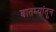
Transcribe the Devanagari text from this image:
बातम्यांतून